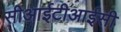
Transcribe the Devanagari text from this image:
सीआईटीआईसी